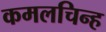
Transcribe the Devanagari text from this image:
कमलचिन्ह